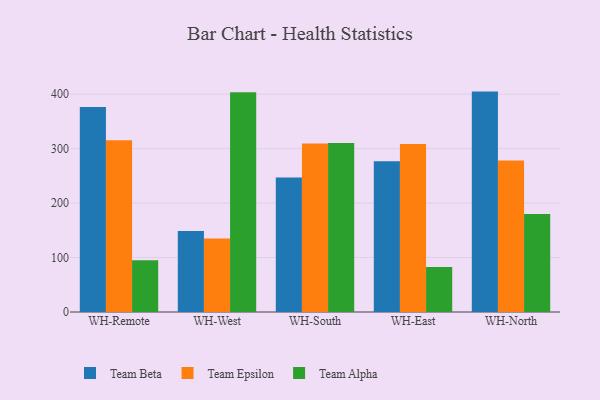
{"axis": {"x": "Warehouse", "y": "Temperature (°C)"}, "legend": ["Team Alpha", "Team Beta", "Team Epsilon"], "data": [{"x": "WH-Remote", "y": 376.5, "type": "Team Beta"}, {"x": "WH-Remote", "y": 315.2, "type": "Team Epsilon"}, {"x": "WH-Remote", "y": 95.1, "type": "Team Alpha"}, {"x": "WH-West", "y": 148.9, "type": "Team Beta"}, {"x": "WH-West", "y": 135.0, "type": "Team Epsilon"}, {"x": "WH-West", "y": 403.6, "type": "Team Alpha"}, {"x": "WH-South", "y": 247.1, "type": "Team Beta"}, {"x": "WH-South", "y": 309.6, "type": "Team Epsilon"}, {"x": "WH-South", "y": 310.3, "type": "Team Alpha"}, {"x": "WH-East", "y": 276.7, "type": "Team Beta"}, {"x": "WH-East", "y": 308.3, "type": "Team Epsilon"}, {"x": "WH-East", "y": 82.6, "type": "Team Alpha"}, {"x": "WH-North", "y": 404.7, "type": "Team Beta"}, {"x": "WH-North", "y": 278.1, "type": "Team Epsilon"}, {"x": "WH-North", "y": 180.0, "type": "Team Alpha"}]}